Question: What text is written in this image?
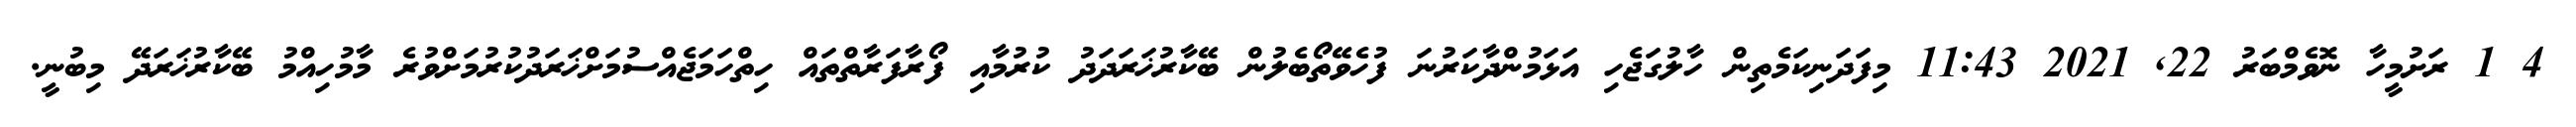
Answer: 4 1 ރަށުމީހާ ނޮވެމްބަރު 22, 2021 11:43 މިފަދަނިކަމެތިން ހާލުގަޖެހި އަޅަމުންދާކަރުނަ ފުހެވޭތޯބެލުން ބޭކާރުޚަރަދަދު ކުރުމާއި ފޯރާފަރާތްތައް ހިތްހަމަޖެއްސުމަށްޚަރަދުކުރުމަށްވުރެ މާމުހިއްމު ބޭކާރުޚަރަދޭ މިބުނީ.